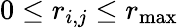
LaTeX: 0\leq r_{i,j}\leq r_{\operatorname*{max}}